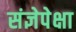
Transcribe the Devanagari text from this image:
संज्ञेपेक्षा